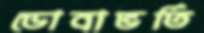
ডোবাভর্তি